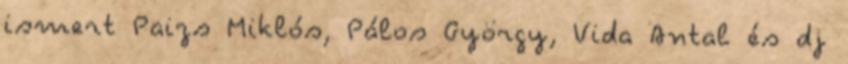
ismert Paizs Miklós, Pálos György, Vida Antal és dj